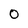
Character: O